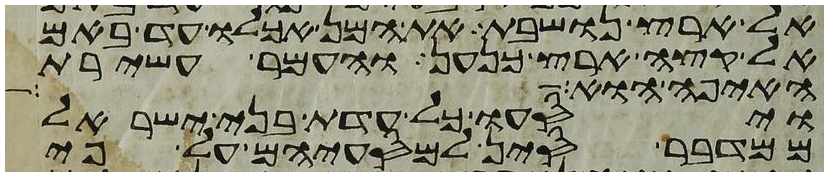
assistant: אל ארץ נושבת את המן אכלו עד באם
אל קצה ארץ כנען והעמר עשירת
האיפה הוא
ויסעו כל עדת בני ישראל
ממדבר סין למסעיהם על פי